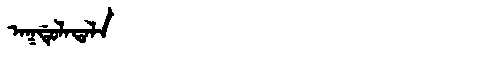
Manchu: ᠠᡴᡩᡠᠯᠠᡨᠠᠯᠠ
Romanization: AKDULATALA